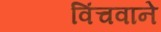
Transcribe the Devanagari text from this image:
विंचवाने